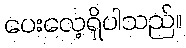
ပေးလေ့ရှိပါသည်။